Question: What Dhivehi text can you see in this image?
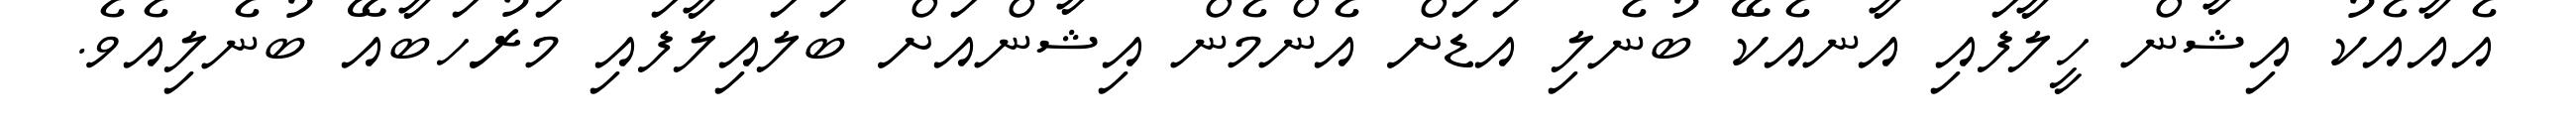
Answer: އެއާއެކު އިޝާން ހީލާފައި އާނއެކޭ ބުނެލި އަޑަށް އެންމެން އިޝާންއަށް ބަލައިލާފައި މަރުހަބާއޭ ބުނެލިއެވެ.